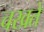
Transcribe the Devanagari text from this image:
चखते